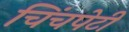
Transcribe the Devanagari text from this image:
चिंचपेटी